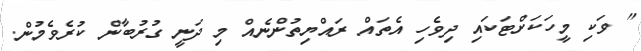
" ވަކި މީހަކަށްޓަކައި ދިވެހި އެތައް ރައްޔިތުންނެއް މި ދަނީ ގުރުބާން ކުރެވެމުން.